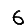
Digit: 6